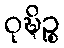
ဝုဍ္ဎိဉ္စ